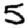
Digit: 5